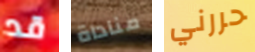
قد مناداة حررني